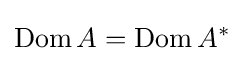
\operatorname {Dom} A=\operatorname {Dom} A^{*}